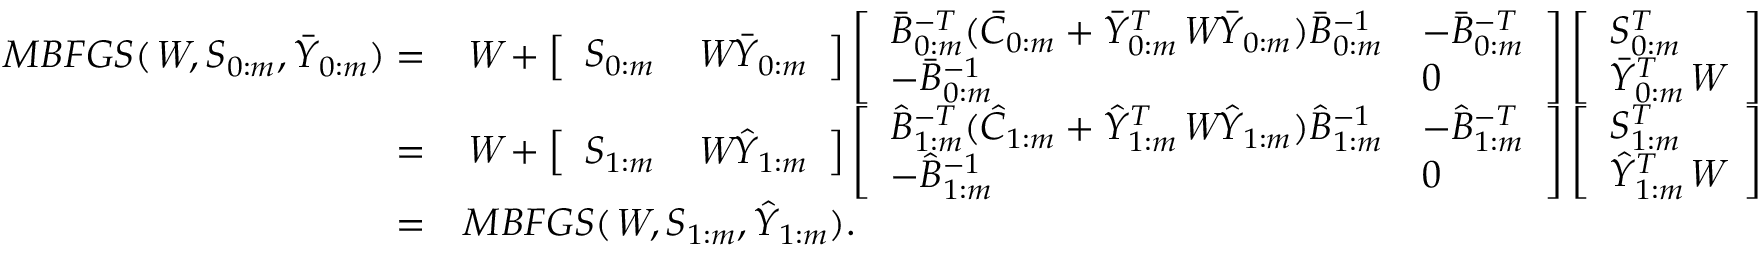
\begin{array} { r l } { M B F G S ( \emph W , S _ { 0 : m } , \bar { Y } _ { 0 : m } ) = } & { \emph W + \left[ \begin{array} { l l } { S _ { 0 : m } } & { \emph W \bar { Y } _ { 0 : m } } \end{array} \right] \left[ \begin{array} { l l } { \bar { B } _ { 0 : m } ^ { - T } ( \bar { C } _ { 0 : m } + \bar { Y } _ { 0 : m } ^ { T } \emph W \bar { Y } _ { 0 : m } ) \bar { B } _ { 0 : m } ^ { - 1 } } & { - \bar { B } _ { 0 : m } ^ { - T } } \\ { - \bar { B } _ { 0 : m } ^ { - 1 } } & { 0 } \end{array} \right] \left[ \begin{array} { l } { S _ { 0 : m } ^ { T } } \\ { \bar { Y } _ { 0 : m } ^ { T } \emph W } \end{array} \right] } \\ { = } & { \emph W + \left[ \begin{array} { l l } { S _ { 1 : m } } & { \emph W \hat { Y } _ { 1 : m } } \end{array} \right] \left[ \begin{array} { l l } { \hat { B } _ { 1 : m } ^ { - T } ( \hat { C } _ { 1 : m } + \hat { Y } _ { 1 : m } ^ { T } \emph W \hat { Y } _ { 1 : m } ) \hat { B } _ { 1 : m } ^ { - 1 } } & { - \hat { B } _ { 1 : m } ^ { - T } } \\ { - \hat { B } _ { 1 : m } ^ { - 1 } } & { 0 } \end{array} \right] \left[ \begin{array} { l } { S _ { 1 : m } ^ { T } } \\ { \hat { Y } _ { 1 : m } ^ { T } \emph W } \end{array} \right] } \\ { = } & { M B F G S ( \emph W , S _ { 1 : m } , \hat { Y } _ { 1 : m } ) . } \end{array}